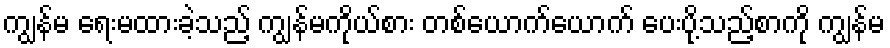
ကျွန်မ ရေးမထားခဲ့သည့် ကျွန်မကိုယ်စား တစ်ယောက်ယောက် ပေးပို့သည့်စာကို ကျွန်မ